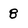
Character: 8